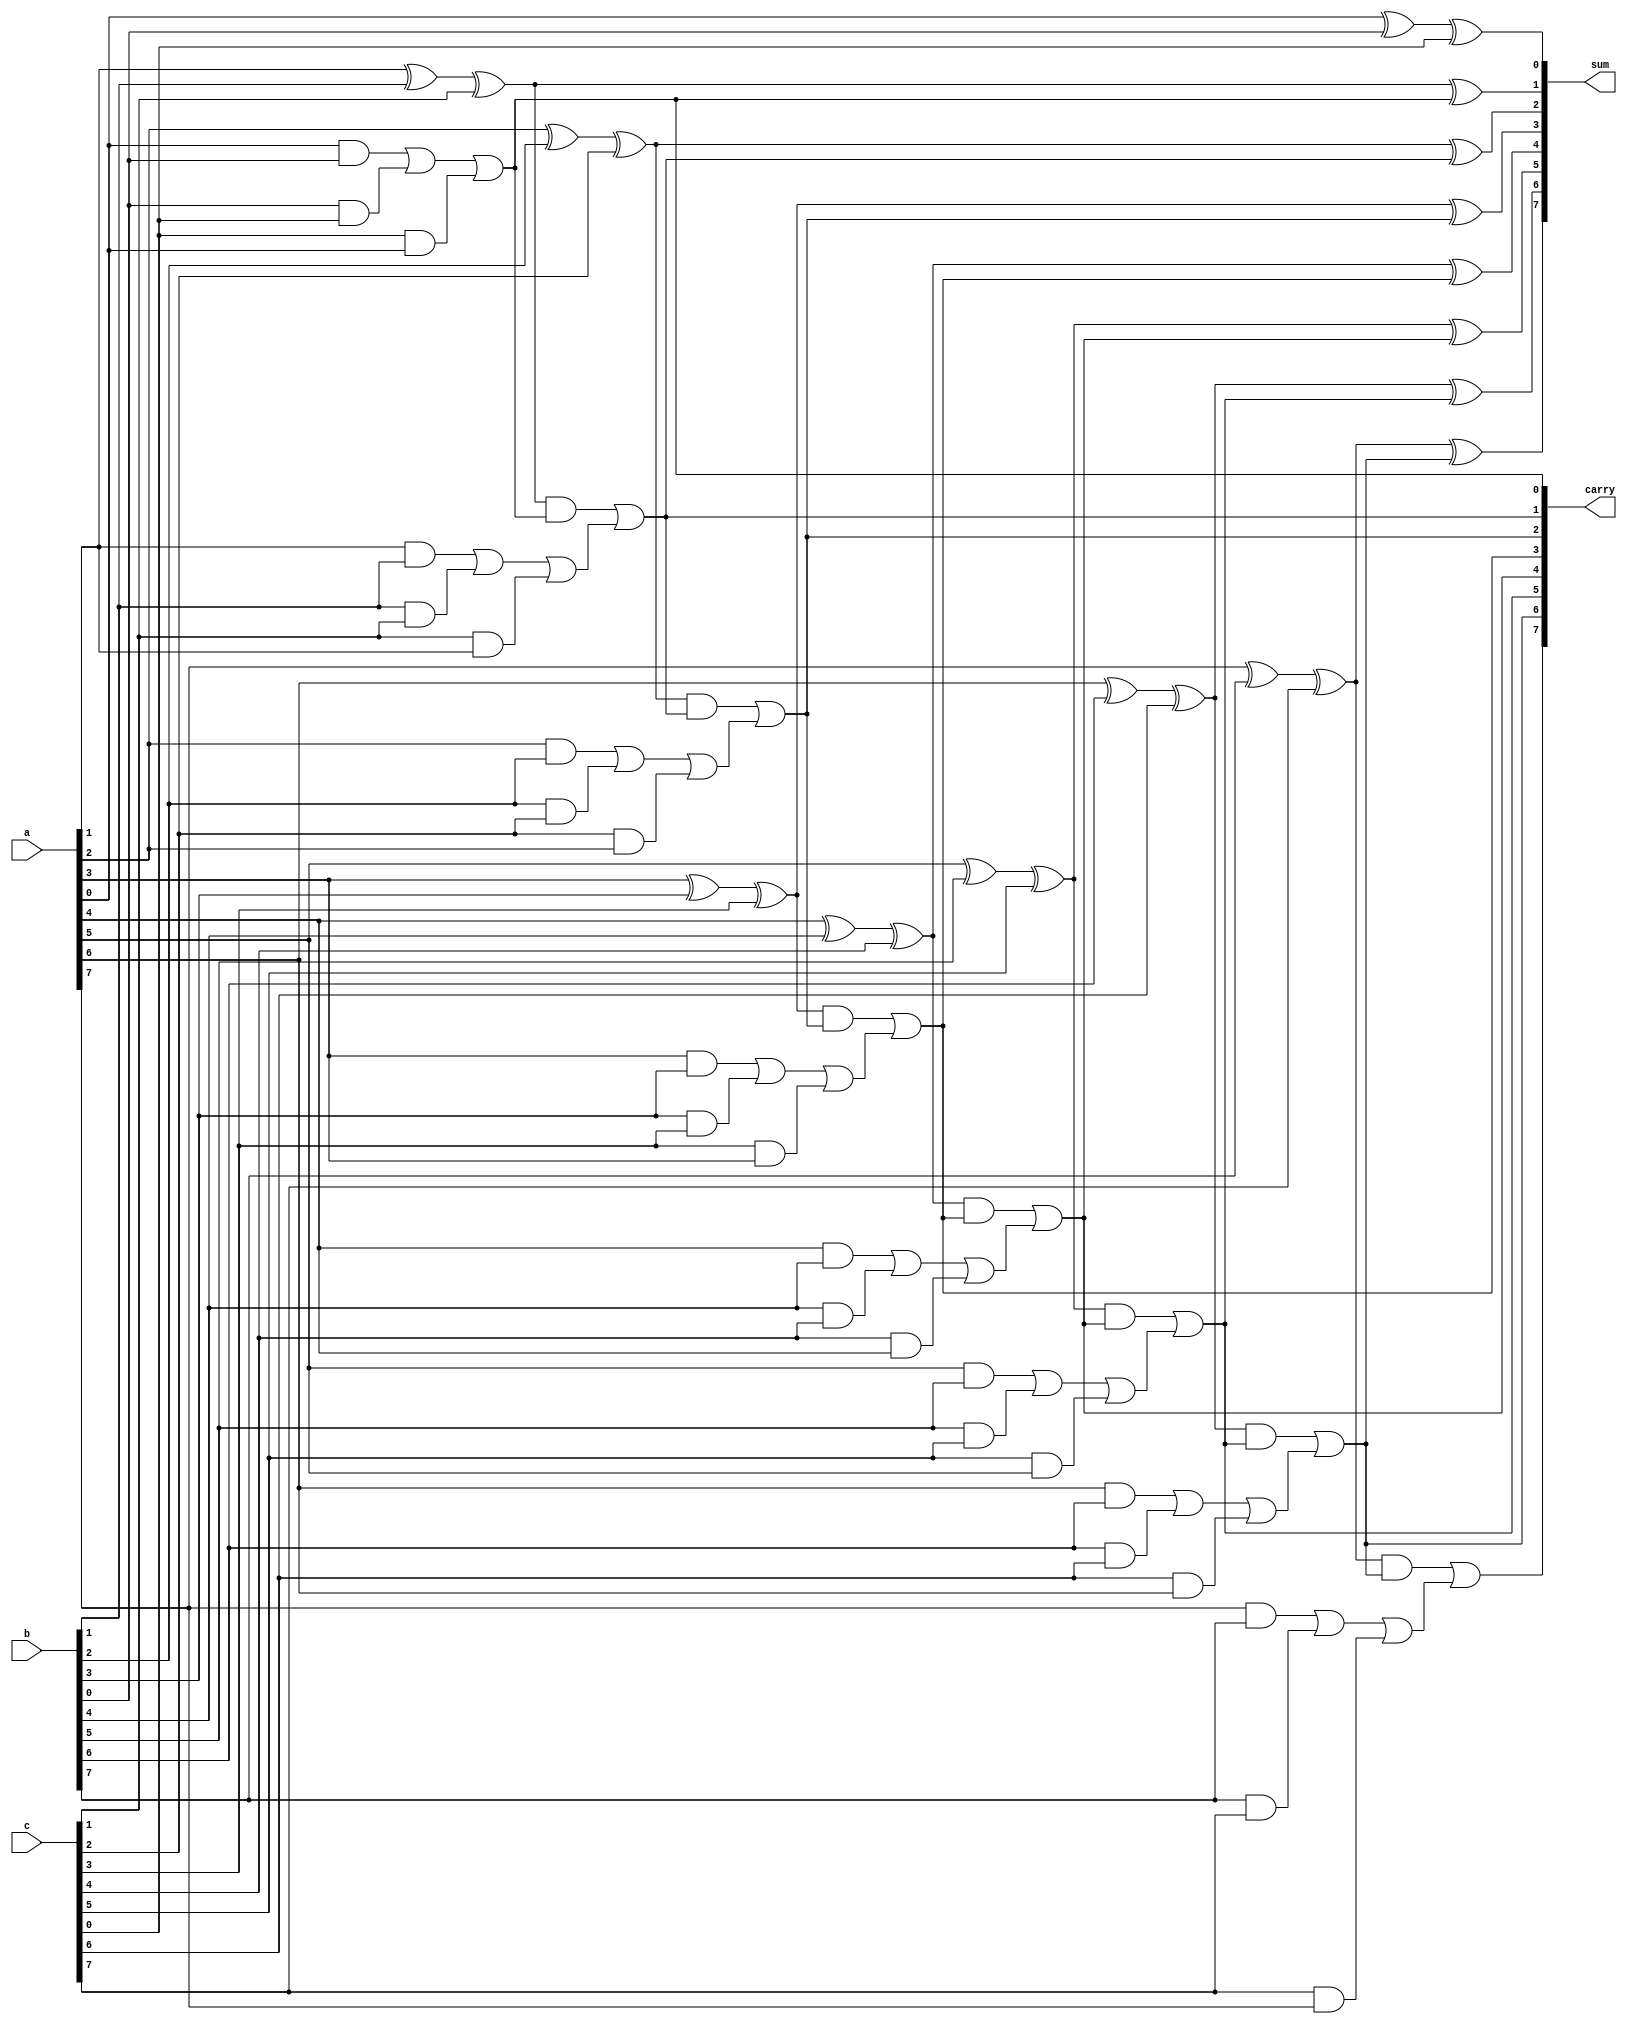
module carry_save_adder #(
    parameter WIDTH = 8 // Bit-width of the inputs
)(
    input  wire [WIDTH-1:0] a, // First input
    input  wire [WIDTH-1:0] b, // Second input
    input  wire [WIDTH-1:0] c, // Third input
    output wire [WIDTH-1:0] sum, // Final sum output
    output wire [WIDTH-1:0] carry // Final carry output
);

    // Intermediate sums and carries
    wire [WIDTH-1:0] S1, C1; // Outputs from first stage
    wire [WIDTH-1:0] S2, C2; // Outputs from second stage

    // Stage 1: Full Adders for each bit
    genvar i;
    generate
        for (i = 0; i < WIDTH; i = i + 1) begin : stage1
            // Full adder for three inputs
            assign S1[i] = a[i] ^ b[i] ^ c[i]; // Sum
            assign C1[i] = (a[i] & b[i]) | (b[i] & c[i]) | (c[i] & a[i]); // Carry
        end
    endgenerate

    // Stage 2: Reduction Tree
    generate
        for (i = 0; i < WIDTH; i = i + 1) begin : stage2
            // Half adder for combining sums and carries
            if (i == 0) begin
                assign S2[i] = S1[i]; // First sum
                assign C2[i] = C1[i]; // First carry
            end else begin
                assign S2[i] = S1[i] ^ C2[i-1]; // Combine current sum with previous carry
                assign C2[i] = (S1[i] & C2[i-1]) | C1[i]; // Combine carries
            end
        end
    endgenerate

    // Final output
    assign sum = S2; // Final sum output
    assign carry = C2; // Final carry output

endmodule